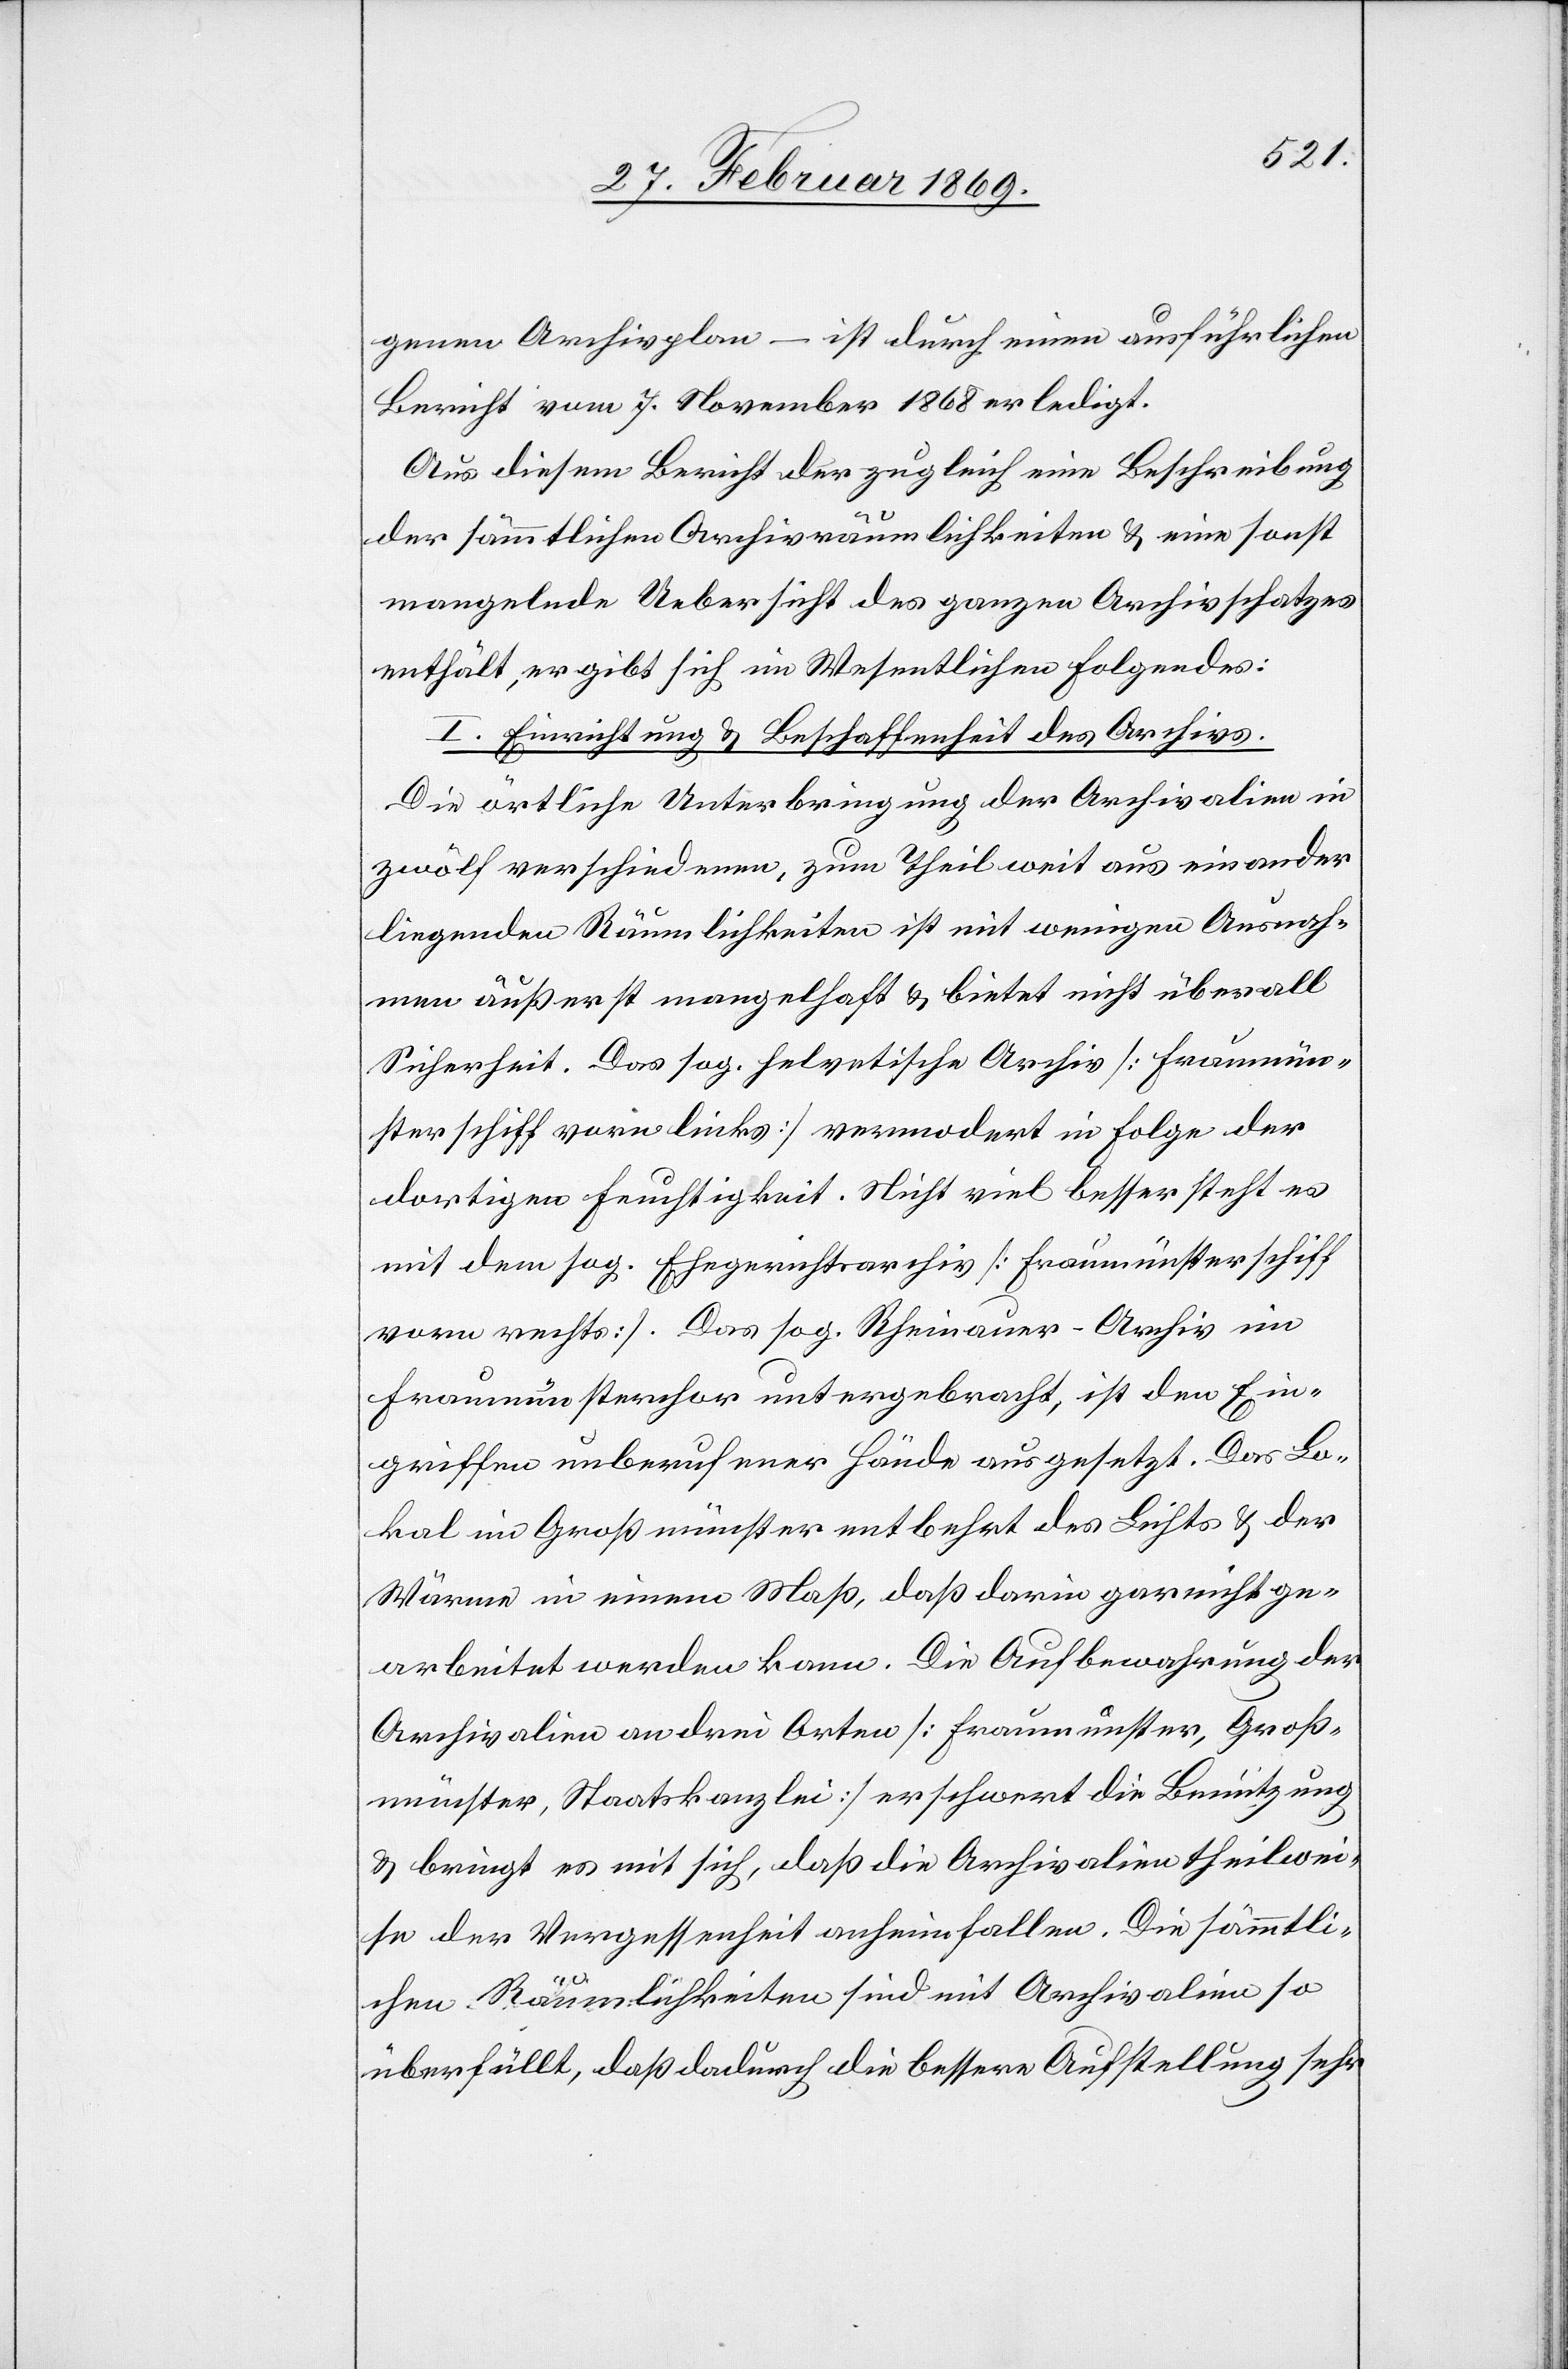
genen Archivplan – ist durch einen ausführlichen
Bericht vom 7. November 1868 erledigt.
Aus diesem Bericht der zugleich eine Beschreibung
der sämmtlichen Archivpublikationen & eine sonst
mangelnde Uebersicht des ganzen Archivschatzes
enthält, ergibt sich im Wesentlichen Folgendes:
I. Einrichtung & Beschaffenheit des Archivs.
Die örtliche Unterbringung der Archivalien in
zwölf verschiedenen, zum Theil weit aus einander
liegenden Räumlichkeiten ist mit wenigen Ausnah¬
men äußerst mangelhaft & bietet nicht überall
Sicherheit. Das sog. helvetische Archiv [Fraumün¬
sterschiff vorn links] vermodert in Folge der
dortigen Feuchtigkeit. Nicht viel besser steht es
mit dem sog. Ehegerichtsarchiv [Fraumünsterschiff
vorn rechts]. Das sog. Rheinauer-Archiv im
Fraumünsterchor untergebracht, ist den Ein¬
griffen unberufener Hände ausgesetzt. Das Lo¬
kal im Großmünster entbehrt des Lichts & der
Wärme in einem Maß, daß darin gar nicht ge¬
arbeitet werden kann. Die Aufbewahrung der
Archivalien an drei Orten [Fraumünster, Groß¬
münster, Staatskanzlei] erschwert die Benutzung
& bringt es mit sich, daß die Archivalien theilwei¬
se der Vergessenheit anheimfallen. Die sämmtli¬
chen Räumlichkeiten sind mit Archivalien so
überfüllt, daß dadurch die bessere Aufstellung sehr